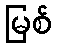
မြစ်